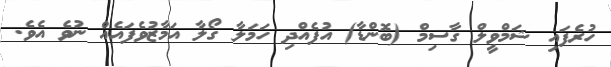
ހުރެފައި ޝަމްވީލް ގާސިމް (ބޮންޑާ) އުފެއްދި ހަމަލާ ގޯލާ އަމާޒުވެފައެއް ނުވެ އެވެ.